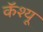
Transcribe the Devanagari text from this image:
कॅश्यू